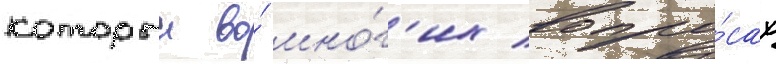
которыи во́ мно́г'их вопро́сах